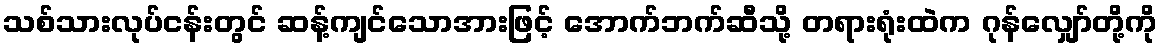
သစ်သားလုပ်ငန်းတွင် ဆန့်ကျင်သောအားဖြင့် အောက်ဘက်ဆီသို့ တရားရုံးထဲက ဂုန်လျှော်တို့ကို